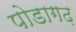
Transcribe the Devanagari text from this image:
पोडागढ़